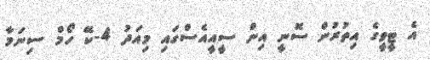
އެ ޓީވީގެ އިތުރުން ސޮނީ އިން ސީއީއެސްގައި މިއަދު 4-ކޭ ހޯމް ސިނަމާ